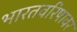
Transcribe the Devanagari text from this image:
भारतवरिषावर